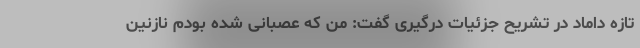
تازه داماد در تشریح جزئیات درگیری گفت: من که عصبانی شده بودم نازنین